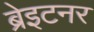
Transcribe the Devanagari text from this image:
ब्रेइटनर